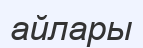
айлары